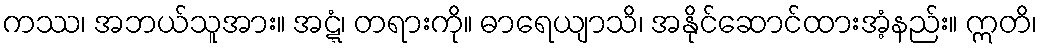
ကဿ၊ အဘယ်သူအား။ အဋ္ဋံ၊ တရားကို။ ဓာရေယျာသိ၊ အနိုင်ဆောင်ထားအံ့နည်း။ ဣတိ၊